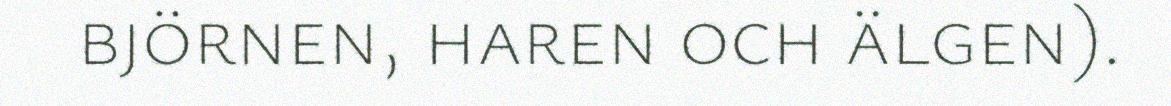
björnen, haren och älgen).